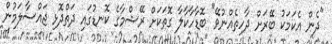
"ދެން އެކަމަކު ބޭރަށް ދާހިތެއްނުވޭ" ބޮޑާހާކާލާ ގޮތަކަށް ރޭޝްމާގެ ކޮނޑުގައި ދަތްދޮޅި ޖައްސާލަމުން